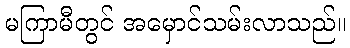
မကြာမီတွင် အမှောင်သမ်းလာသည်။